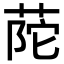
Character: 𦱆